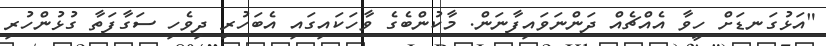
"އަޅުގަނޑަށް ހީވާ އެއްޗެއް ދަންނަވައިފާނަން. މާކުންބެގެ ވާހަކައިގައި އެބަހުރި ދިވެހި ސަގާފަތާ ގުޅުންހުރި